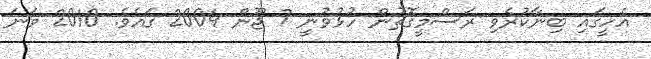
އެހީގައި ބިނާކުރެވި ރަސްމީގޮތުން ހުޅުވުނީ 7 ޖޫން 2004 ގައެވެ. 2010 ވަނަ